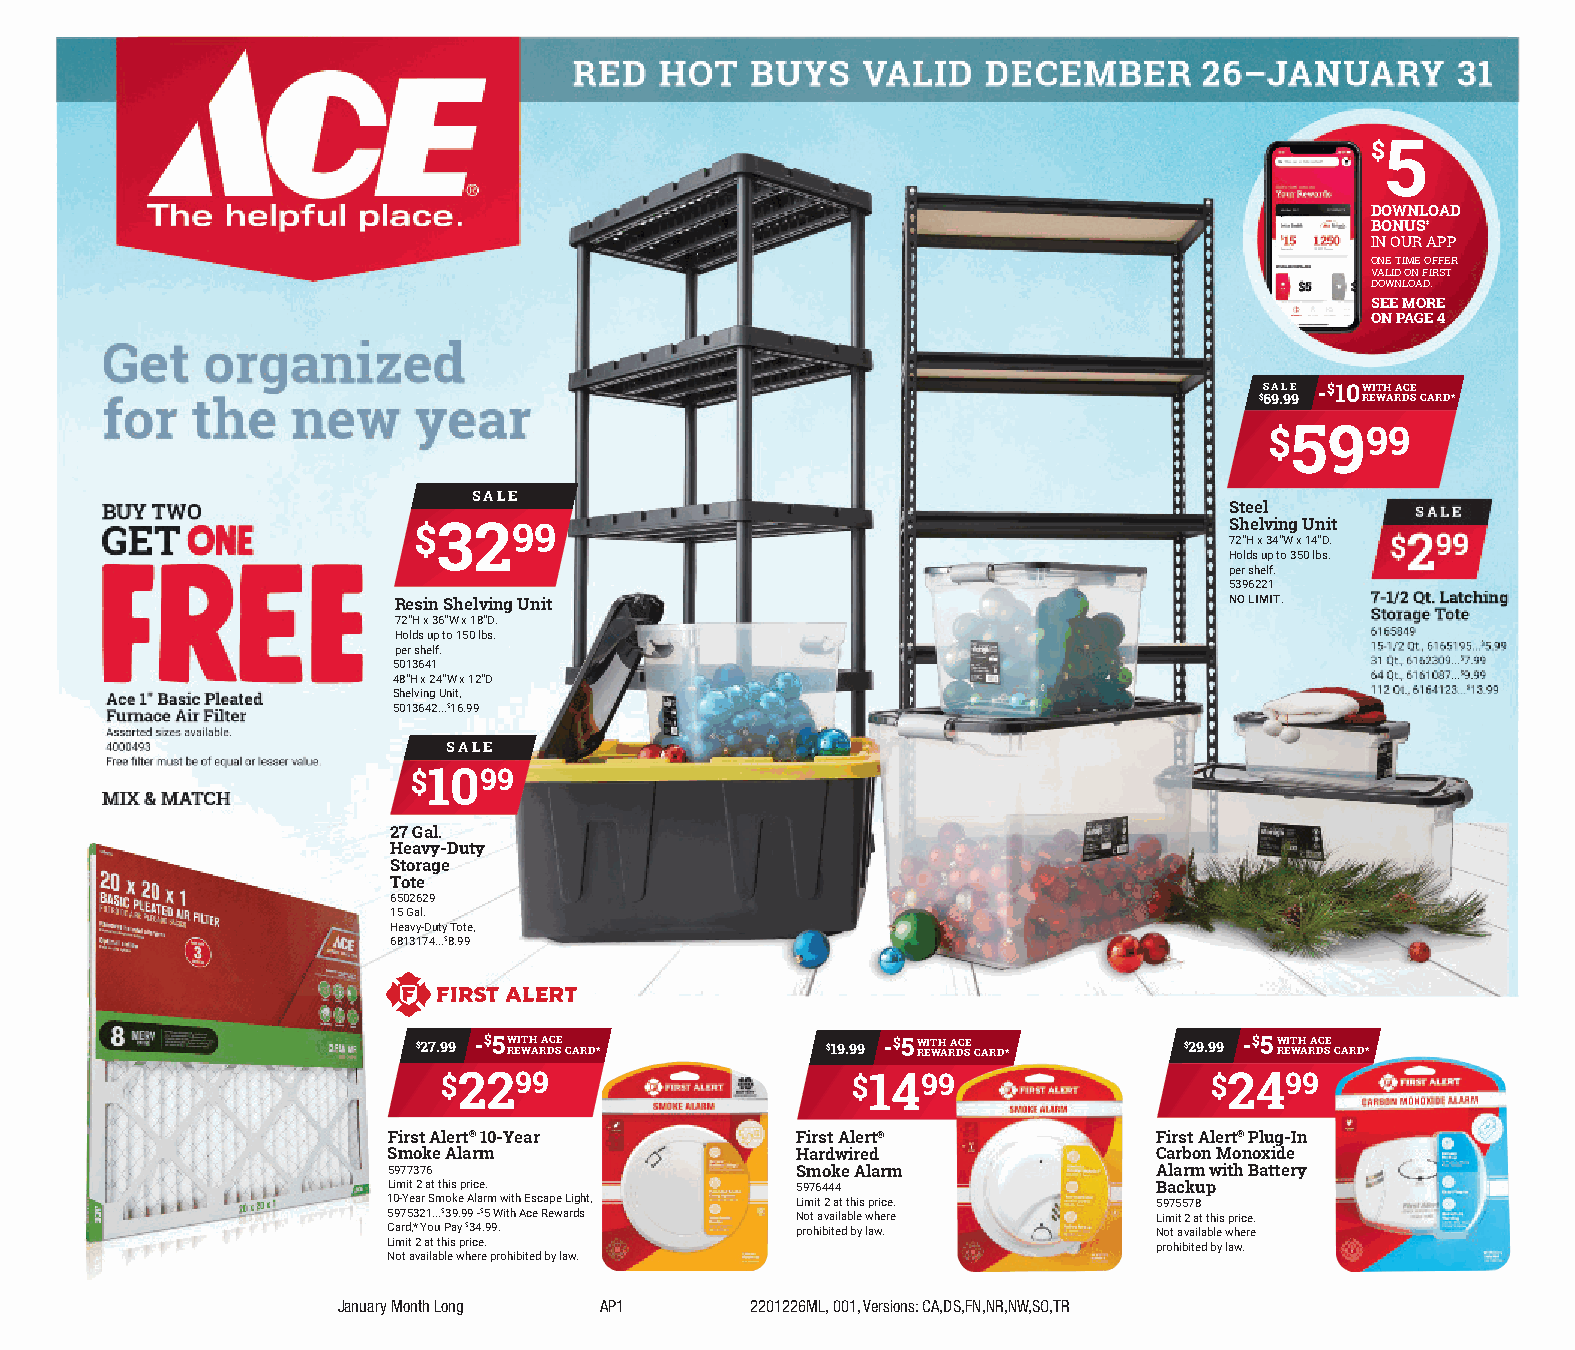
Red   hOT   BuyS   vALid   deceMBeR       26–JAnuARy      31
 5
 $
 dOWnLOAd
 BOnuSà
 in ouR app
 one time offeR
 valid on fiRst
 download.
 See MORe
 On PAge 4
 get    organized
 SALe ‑$10WiTh Ace
 for   the   new     year                                                    $69.99 ReWARdS cARd*
 $5999
 SALe
 Buy TWO                                                                   Steel        SALe
 geT
 one            $3299                                                 S 72h "He xl v 34i "n Wg
 x
 u 14n "Di .t
 $299
 Holds up to 350 lbs.
 per shelf.
 5396221
 Resin Shelving unit                                    NO Limit. 7‑1/2 Qt. Latching
 Storage Tote
 72"H x 36"W x 18"D.
 Holds up to 150 lbs.                                             6165849
 per shelf.                                                       15‑1/2 Qt., 6165195...$5.99
 5013641                                                          31 Qt., 6162309...$7.99
 48"H x 24"W x 12"D                                               64 Qt., 6161087...$9.99
 Ace 1" Basic Pleated Shelving Unit,                                                 112 Qt., 6164123...$13.99
 Furnace Air Filter 5013642...$16.99
 Assorted sizes available.
 4000493                SALe
 Free filter must be of equal or lesser value.
 $1099
 MiX & MATch
 27 gal.
 heavy‑duty
 Storage
 Tote
 6502629
 15 Gal.
 Heavy‑Duty Tote,
 6813174...$8.99
 $27.99 ‑$5W ReiT Wh A RA dc Se c ARd* $19.99 ‑$5W ReiT Wh A RA dc Se c ARd* $29.99 ‑$5W ReiT Wh A RA dc Se c ARd*
 $2299                      $1499                   $2499
 First Alert® 10‑year       First Alert®            First Alert® Plug‑in
 Smoke Alarm                hardwired               carbon Monoxide
 5977376                    Smoke Alarm             Alarm with Battery
 Limit 2 at this price.     5976444                 Backup
 10‑Year Smoke Alarm with Escape Light, Limit 2 at this price. 5975578
 5975321...$39.99 ‑$5 With Ace Rewards Not available where Limit 2 at this price.
 Card,* You Pay $34.99.     prohibited by law.      Not available where
 Limit 2 at this price.                             prohibited by law.
 Not available where prohibited by law.
 January Month Long AP1      2201226ML, 001, Versions: CA,DS,FN,NR,NW,SO,TR